Vaccination in the Punjab 1905-1918 - 1905-1918
Year: 1905
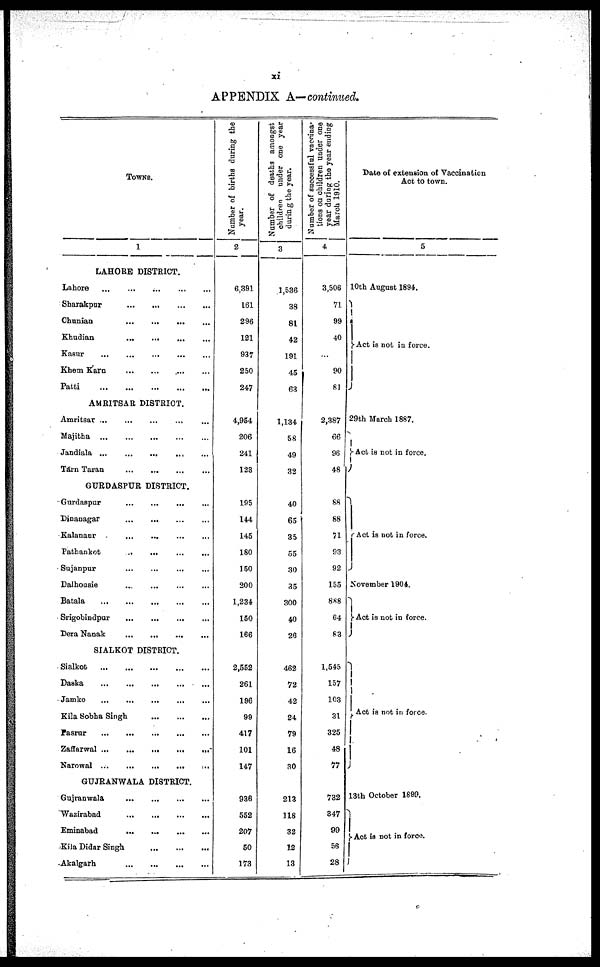
xi
APPENDIX A— continued.
TOWNS.
1
LAHORE DISTRICT.
Lahore
...
...
...
...
...
Sharakpur
...
...
...
...
...
Chunian
...
...
...
...
...
Khudian
...
...
...
...
...
Kasur
...
...
...
...
...
Khem Karn
...
...
...
...
...
Patti
...
...
...
...
...
AMRITSAR DISTRICT.
Amritsar
...
...
...
...
...
Majitha
...
...
...
...
...
Jandiala
...
...
...
...
...
TarnTaran
...
...
...
...
...
GURDASPUR DISTRICT.
Gurdaspur
...
...
...
...
...
Dinanagar ... ... ... ... ...
Kalanaur ... ... ... ... ...
Pathankot
...
...
...
...
...
Sujanpur
...
...
...
...
...
Dalhousie
...
...
...
...
...
Batala
...
...
...
...
...
Srigobindpur
...
...
...
...
...
DeraNanak
...
...
...
...
...
SIALKOT DISTRICT.
Sialkot
...
...
...
...
...
Daska
...
...
...
...
...
Jamke ... ... ... ... ...
Kila Sobha Singh
...
...
...
...
Pasrur
...
...
...
...
...
Zaffarwal
...
...
...
...
...
Narowal
...
...
...
...
...
GUJRANWALA DISTRICT.
Gujranwala
...
...
...
...
...
Wazirabad
...
...
...
...
...
Eminabad
...
...
...
...
...
Kila Didar Singh ... ... ... ... ...
Akalgarh
...
...
...
...
...
Number of births during the
year.
2
6,391
161
296
121
937
250
247
4,954
206
241
123
195
144
145
180
150
200
1,234
150
166
2,552
261
196
99
417
101
147
936
552
207
50
173
Number of deaths amongst
children
under one year
during the year.
3
1,536
38
81
42
191
45
63
1,134
58
49
32
40
65
35
55
30
35
300
40
26
462
72
42
24
79
16
30
213
118
32
12
13
Number of successful vaccina¬
tions on children under one
year during the year ending
March 1910.
4
3,506
71
99
40
...
90
81
2,387
66
96
48
88
88
71
93
92
155
888
64
83
1,545
157
103
31
325
48
77
732
347
99
56
28
Date of extension of Vaccination
Act to town.
5
10th August 1894.
Act is not in force.
29th March 1887.
Act is not in force.
Act is not in force.
November 1904.
Act is not in force.
Act is not in force.
13th October 1899.
Act is not in force.